Civil Veterinary Department. Central Provinces & Berar 1932-41 - 1932-1941
Year: 1932
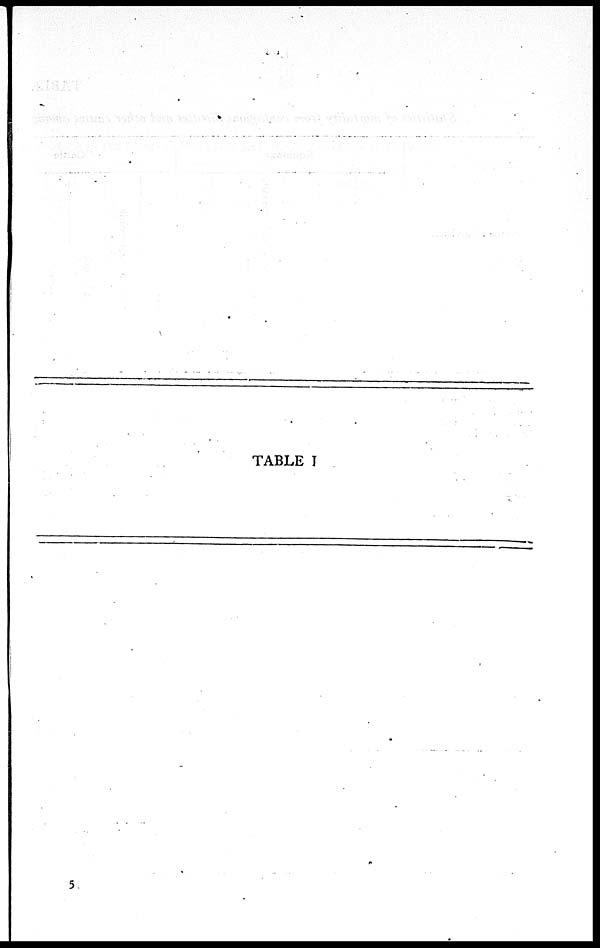
TABLE I